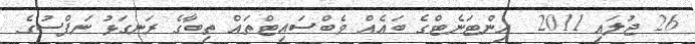
26 ޖުލައި 2011  އިންޓަނެޓްގެ ބައެއް ވެބްސައިޓްތައް ތިބާގެ ރަނގަޅު ނަފްސުގެ